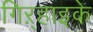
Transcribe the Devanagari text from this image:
गिऱ्हाइके